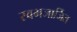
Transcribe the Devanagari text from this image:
स्वभजार्जित